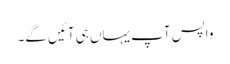
واپس آپ یہاں ہی آئیں گے۔